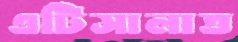
এটিসালাত